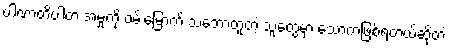
ပါဏာတိပါတ အမှုကို ဝမ်းမြောက် သဘောတူတဲ့ သူတွေမှာ သောကဖြစ်ရတယ်ဆိုတဲ့